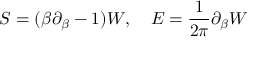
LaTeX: S = ( \beta \partial _ { \beta } - 1 ) W , ~ ~ ~ E = { \frac { 1 } { 2 \pi } } \partial _ { \beta } W